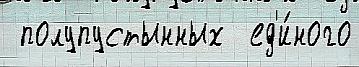
 полупустынных  ед'и́ного